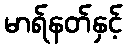
မာရ်နတ်နှင့်